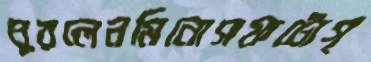
ঘুরলেনমিনোসফটোগ্